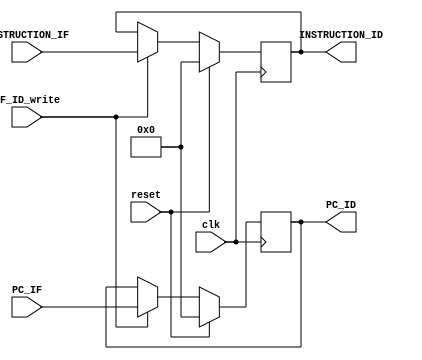
`timescale 1ns / 1ps
//////////////////////////////////////////////////////////////////////////////////
// Company: 
// Engineer: 
// 
// Design Name: 
// Module Name: IF_ID_reg
// Project Name: 
// Target Devices: 
// Tool Versions: 
// Description: 
// 
// Dependencies: 
// 
// Revision:
// Revision 0.01 - File Created
// Additional Comments:
// 
//////////////////////////////////////////////////////////////////////////////////


module IF_ID_reg(input clk, reset, IF_ID_write,
                 input [31:0] PC_IF,
                 input [31:0] INSTRUCTION_IF,
                 output reg [31:0] PC_ID,
                 output reg [31:0] INSTRUCTION_ID);
  
      always@(posedge clk) begin
        if (reset) begin
          PC_ID <= 0;
          INSTRUCTION_ID <= 0;
        end
        else begin
          if(IF_ID_write) begin
            PC_ID <= PC_IF;
            INSTRUCTION_ID <= INSTRUCTION_IF;
          end
        end
      end
  
endmodule